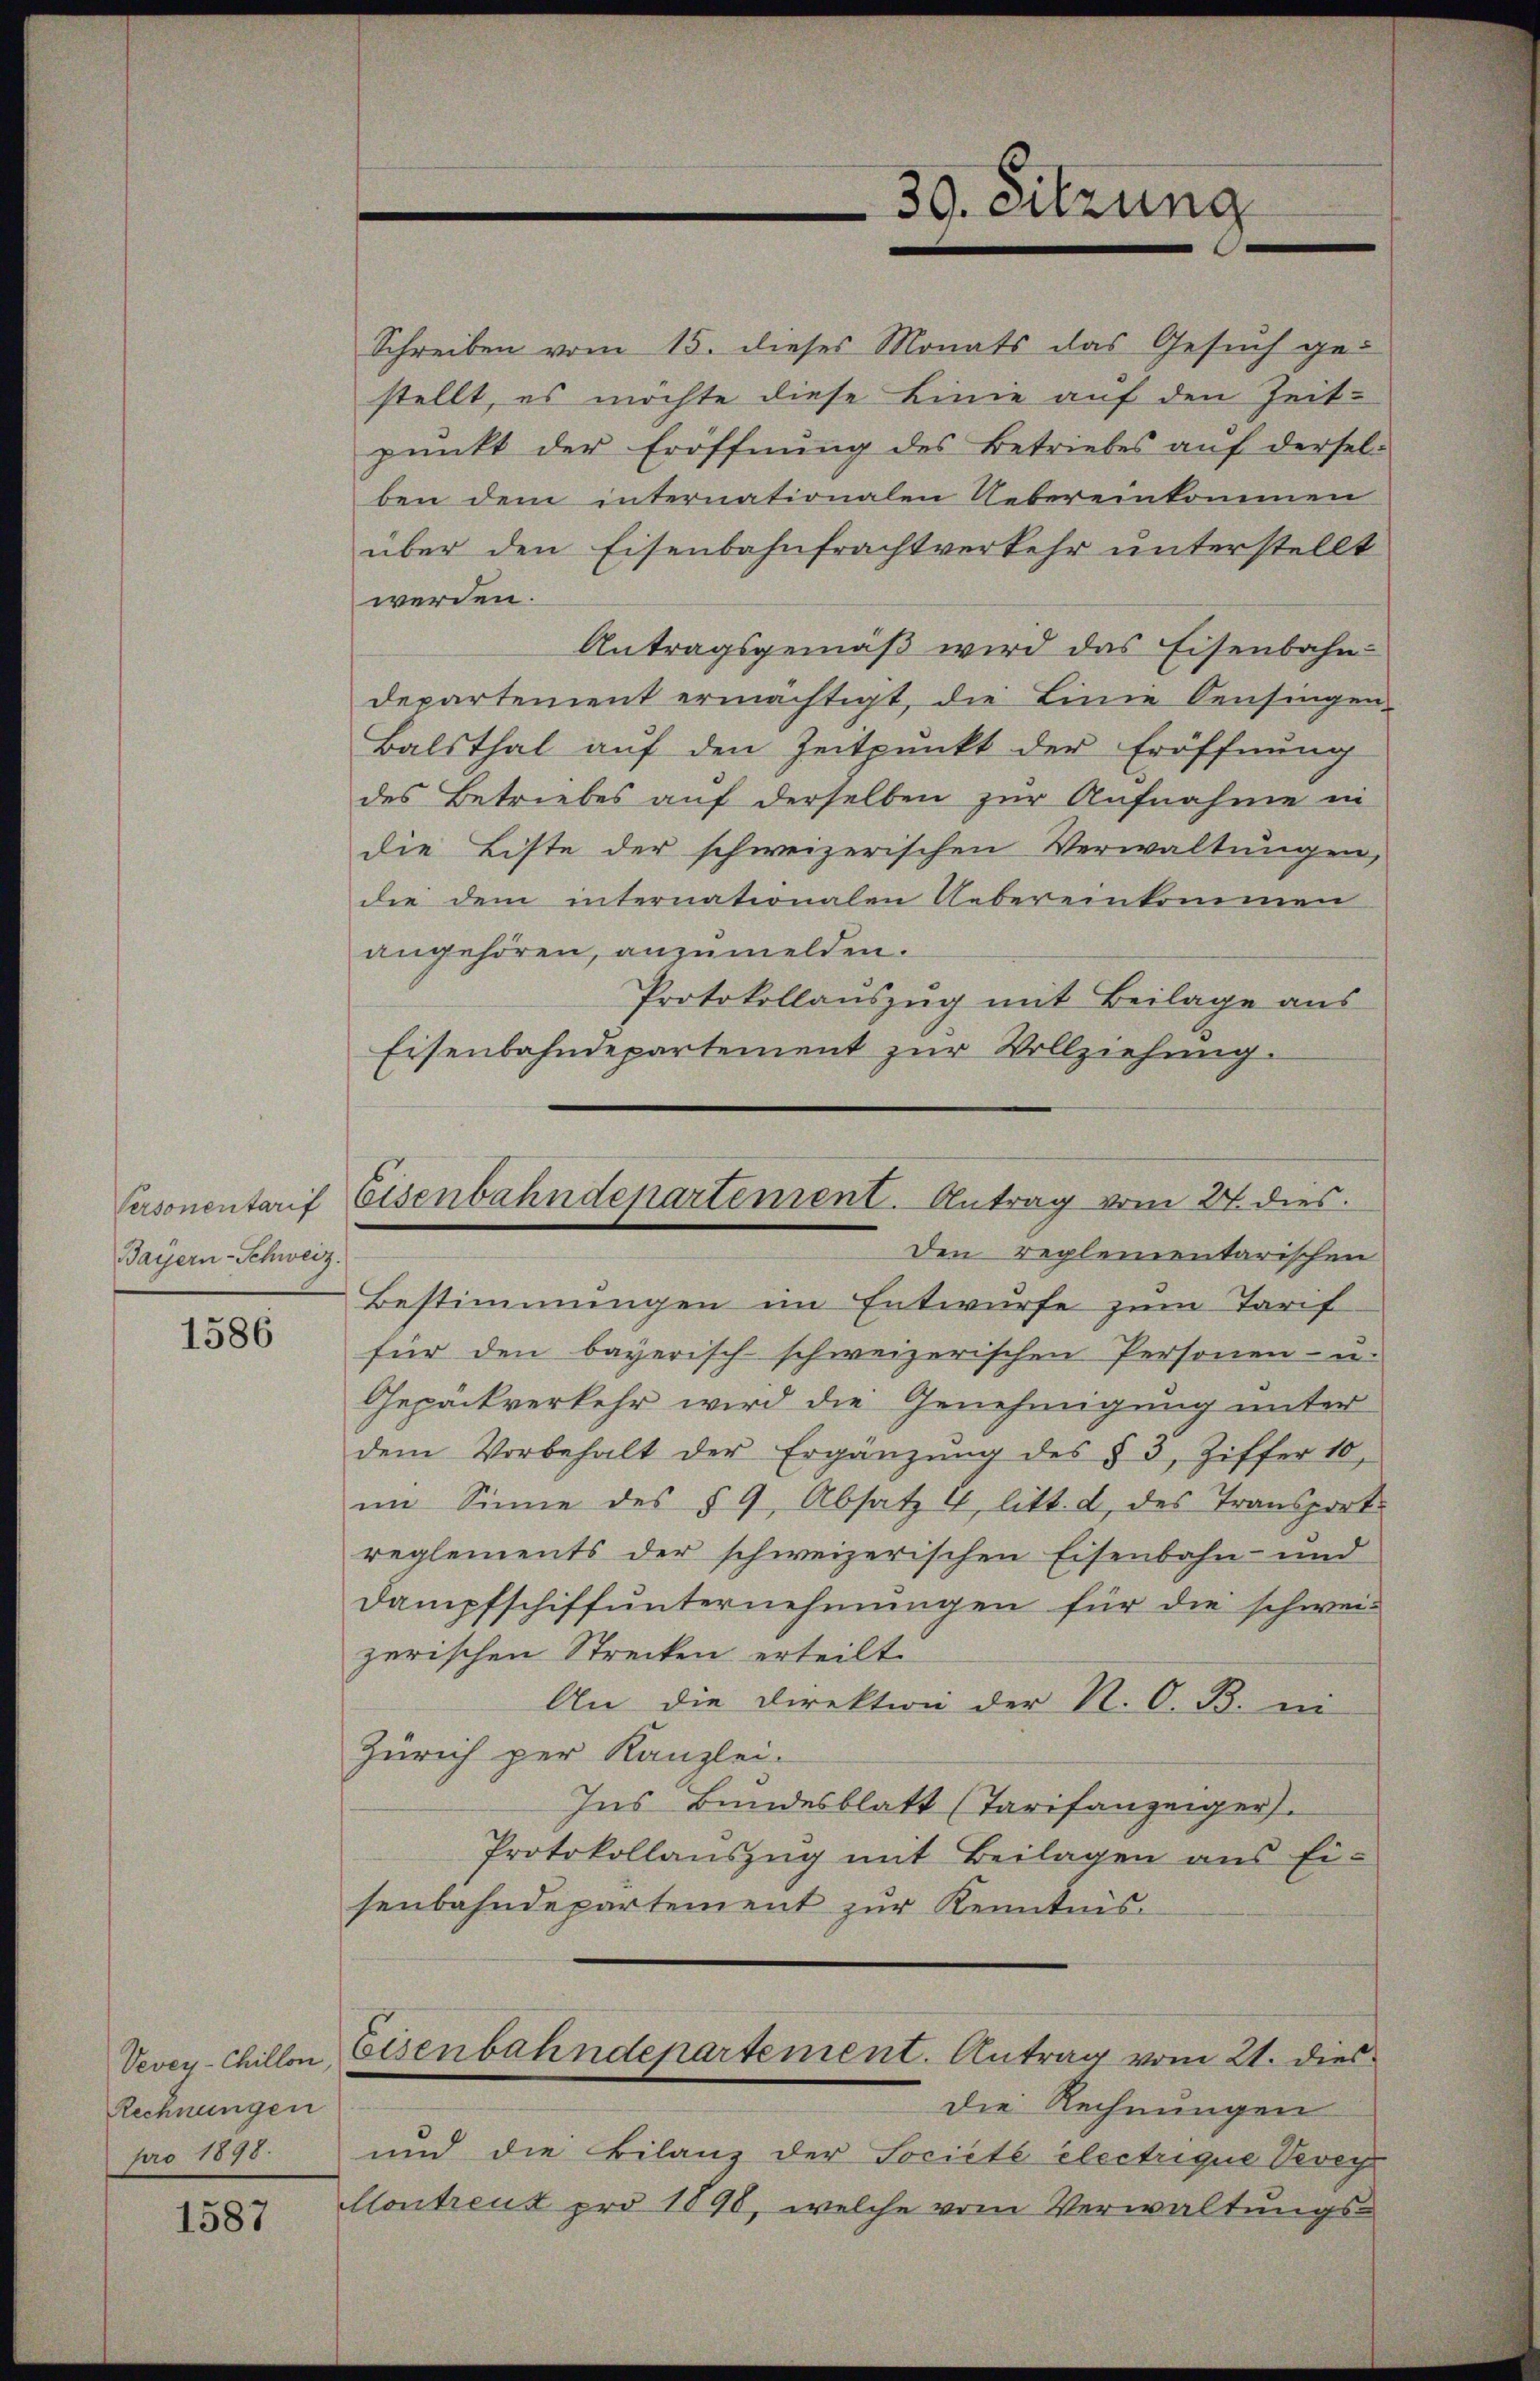
Personentarif
Bayern-Schweiz.

1586

Rechnungen
pro 1898.

1587

Schreiben vom 15. dieses Monats das Gesuch gestellt, es möchte diese Linie auf den Zeit-
pŭnkt der Eröffnŭng des Betriebes aŭf dersel-
ben dem internationalen Uebereinkommen
über den Eisenbahnfrachtverkehr unterstellt
werden.
Antragsgemäß wird das Eisenbahn-
departement ermächtigt, die Linie Oensingen,
Balsthal aŭf den Zeitpunkt der Eröffnŭng
des Betriebes auf derselben zur Aufnahme in
die Liste der schweizerischen Verwaltungen,
die dem internationalen Uebereinkommen
angehören, anzumelden.
Protokollaŭszŭg mit Beilage aus
Eisenbahndepartement zur Vollziehung.
Den reglementarischen
Bestimmungen im Entwurfe zum Tarif
für den bayerisch-schweizerischen Personen- u.
Gepäckverkehr wird die Genehmigung unter
dem Vorbehalt der Ergänzŭng des § 3, Ziffer 10.
nm Sinne des § 9, Absatz 4 litt. d, des Transports
reglements der schweizerischen Eisenbahn- und
Dampfschiffunternehmungen für die schwei-
zerischen Strecken erteilt.
An die Direktion der N. O. B. ei
Zürich per Kanzlei-
Ins Bundesblatt (Tarifanzeiger).
Protokollaŭszŭg mit Beilagen ans Ei-
senbahndepartement zur Kenntnis-
Vevey-chillen, Eisenbahndepartement. Antrag vom 21. dies
Die Rechnungen
und die Bilanz der Societe electrigue Vevey
Montreut pro 1890, welche vom Verwaltungs-

30. Sitzung

Eisenbahndepartement. Antrag vom 21. dies